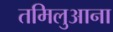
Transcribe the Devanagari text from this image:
तमिलुआना